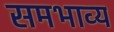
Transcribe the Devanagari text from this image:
समभाव्य